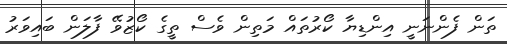
ތަން ފެންނަނީ އިންޑިޔާ ކޯރުތައް މަތިން ވެސް ތީގެ ކޯޒުވޭ ފާލަން ބައިވަރު